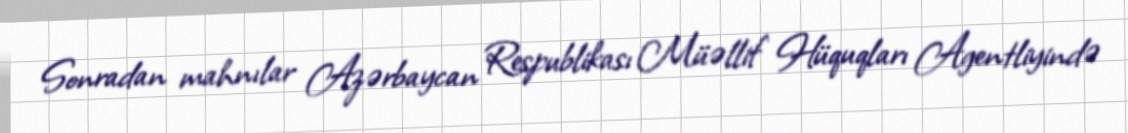
Sonradan mahnılar Azərbaycan Respublikası Müəllif Hüquqları Agentliyində